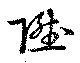
陞